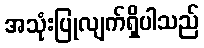
အသုံးပြုလျက်ရှိပါသည်